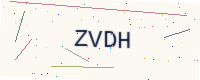
Text: ZVDH